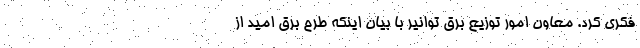
فکری کرد. معاون امور توزیع برق توانیر با بیان اینکه طرح برق امید از